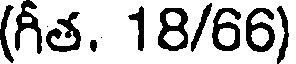
(గీత. 18/66)